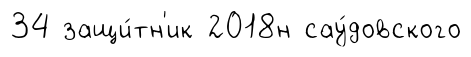
34 защи́тн'ик 2018н сау́довского